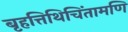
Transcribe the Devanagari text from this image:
बृहत्तिथिचिंतामणि